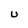
Character: U